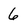
Character: 6